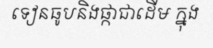
ទៀនធូបនិងផ្កាជាដើម ក្នុង